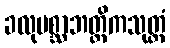
ခလုပစ္ဆာဘတ္တိကသုတ္တံ